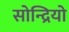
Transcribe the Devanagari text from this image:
सोन्द्रियो